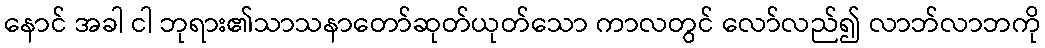
နောင် အခါ ငါ ဘုရား၏သာသနာတော်ဆုတ်ယုတ်သော ကာလတွင် လော်လည်၍ လာဘ်လာဘကို